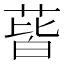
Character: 蒈